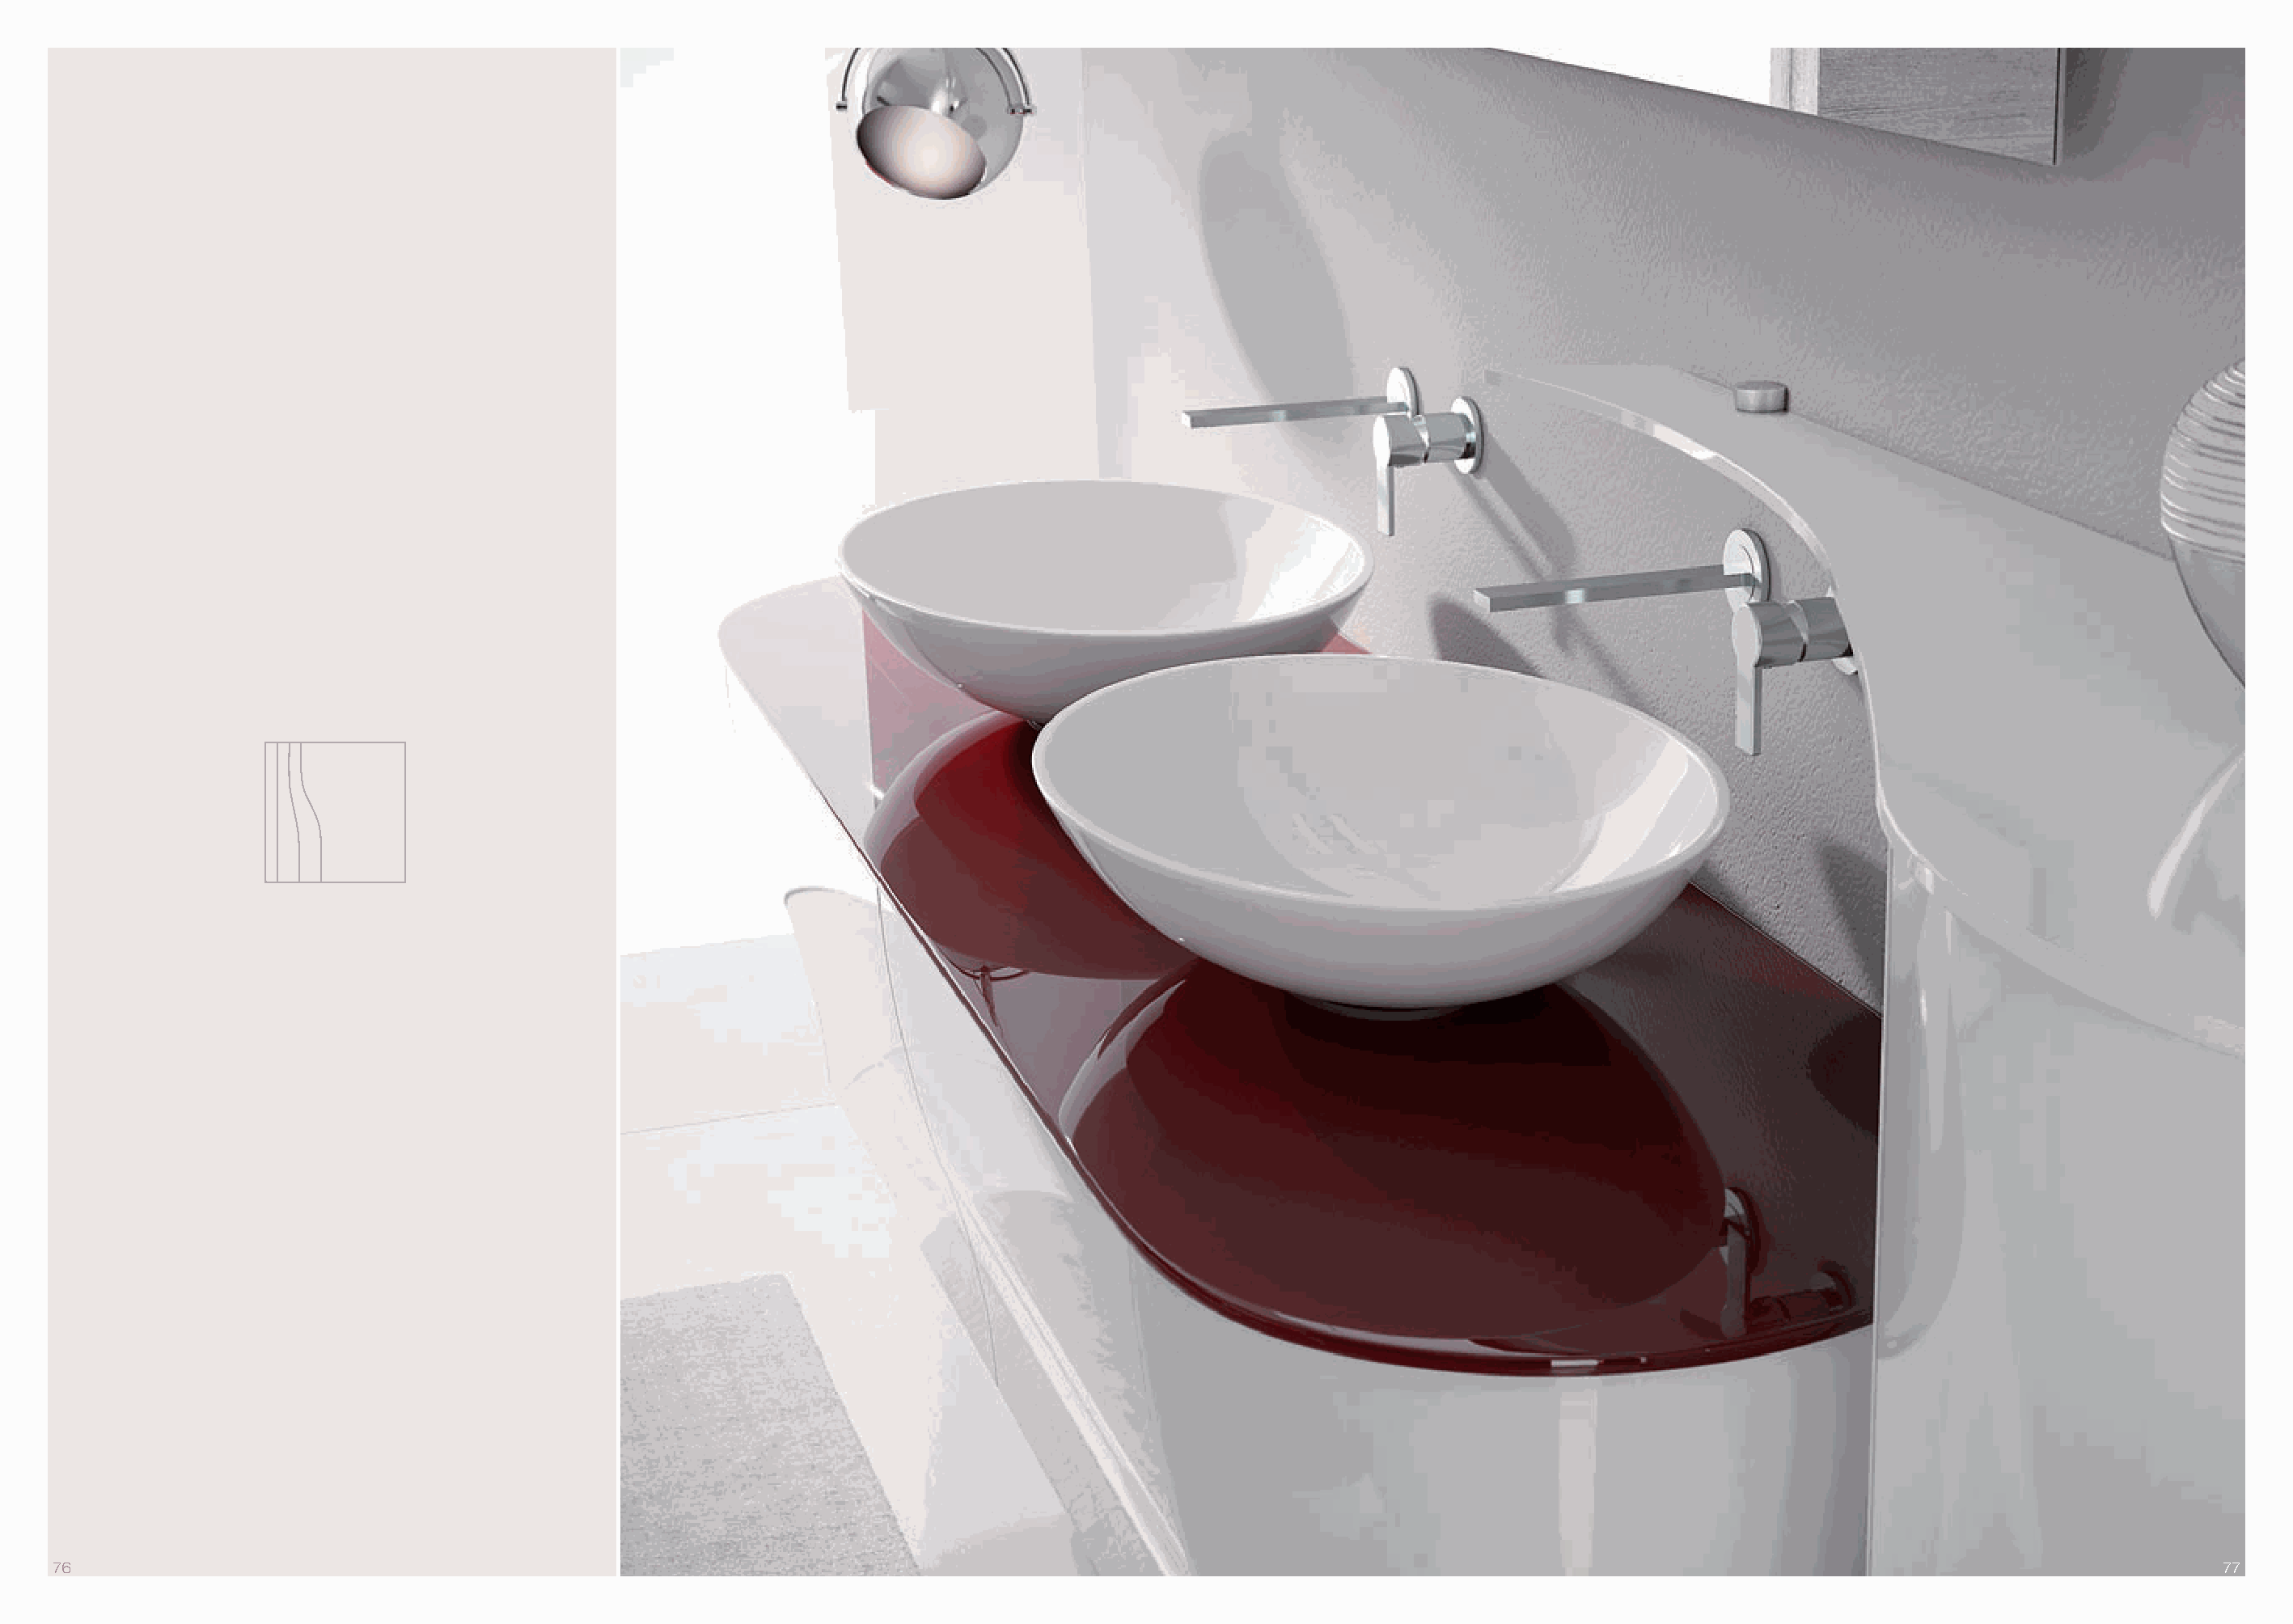
76                                                                                                                                                                                77